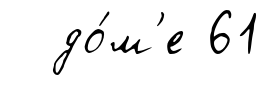
до́м'е 61